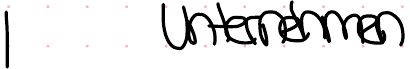
Unternehmen